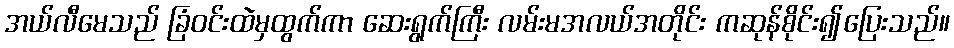
အယ်လီမေသည် ခြံဝင်းထဲမှထွက်ကာ ဆေးရွက်ကြီး လမ်းမအလယ်အတိုင်း ကဆုန်စိုင်း၍ပြေးသည်။